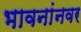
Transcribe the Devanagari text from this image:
भावनांनवर